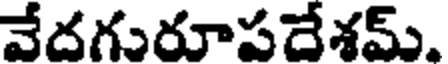
వేదగురూపదేశమ్.